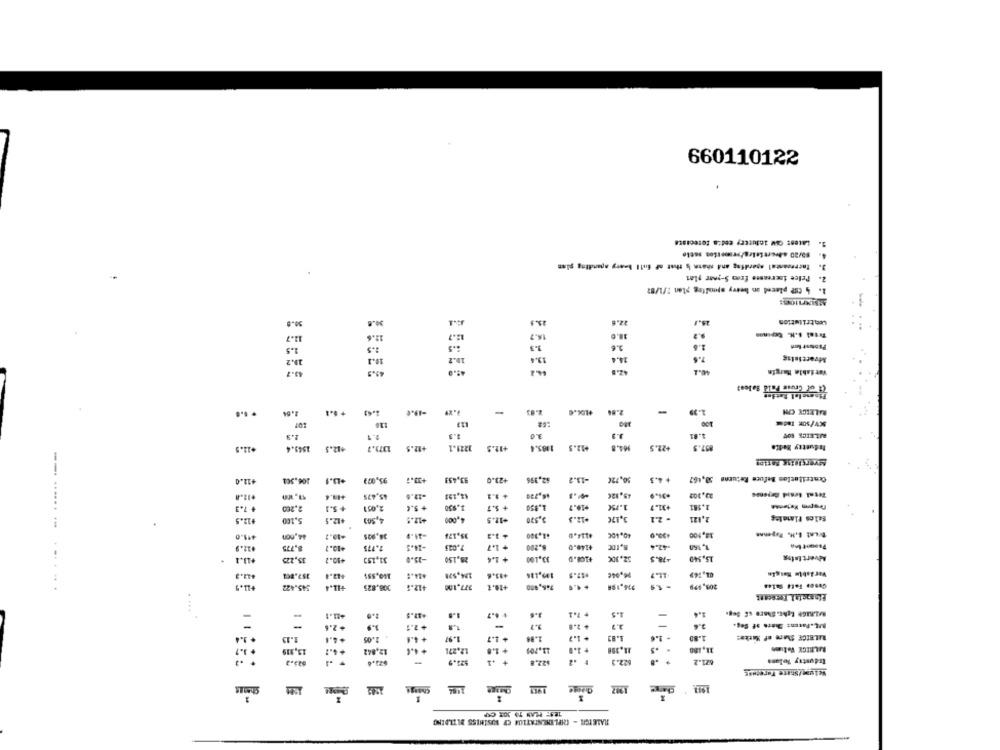
660110122
3. Lates: OW industry cedia forecaste
. Encresantal aperlfag and shann § that of full benry apanding gimn
2. Price increases from S-year plas
1. 4 CSP placed on beevy spoolteg plan 1/1/82
30.8
30.6
25.5
Lentrilution
13.7
12.6
14.7
38.0
1.5
2.5
3.3
3.6
2.6
10.2
20.2
19.6
24.4
7.6
43.3
Variable Margin
RECER
of Cruun Fall Sales?
1.64
+0.4
+LD.0
2.86
-
1.39
BALEECK CON
KV/SOK Tado
2.3
9.1
5.3
3.0
3.3
4.81
+12.5
1545.4
+12.5
2371.7
+12.5
1221.1
+12.5
1185.4
+12.5
164.8
22.5
857.5
Industry Bedto
+12.0
106.502
+13.1
95,003
+33.7
93,453
+23.0
62,396
-13.2
50,72€
+4.3
Centrilation Befuce Returns 53,467
+11.8
+1.4
45,475
-13.6
46,720
45,92€
+ 7.3
2,200
+5.1
2,051
+ 5.4
1.950
+ 5.7
1.850
+10.7
1.75€
+31.7
1.181
+12.5
5,100
+12.5
4,503
+12.5
4,000
+11.5
3,520
+12.5
3,17€
- 2.1
2,121
35,175
+ 1.2
+414.0
40,400
18,100
Brunt B.H. Repennn
#11.0
38,925
22.9
8.775
+10.7
1.775
7.025
+ 1.7
8.200
4140.0
42.4
35,225
+10.2
31,153
28,150
+ 1.4
33,100
+101.0
32,30€
-78.5
15,540
Alvert taisg
....
140,555
124,578
+13.6
96,04€
Vardıble Bargin
BOR"ESE
545.422
308.825
412.5
377.100
236.198
203,499
HL.4
Financial Focecent
. ..
1.8
+ 1.7
1.6
3.3
3.6
-
+2.6
-
+ 2.8
-
3.4
1.13
+4.6
2.05
+ 4.6
1.97
+ 1.7
1.88
1.83
- 1.6
1.80
RILEICE Share of Marke:
13,319
+4.2
12,842
+ 4.4
1.2,271
+ 1.8
11.70)
11,388
21,180
MALEIGE Volume
+ .1
1 .2
22.3
621.2
Irdustry Tolans
623.3
$25.9
$22.8
Welupe/Share FuretHse
ShanLs
Change
125: PLAN TO JOR CAP
RALEIGHL - IMPLEMENTATION CF BUSINESS BUILDING